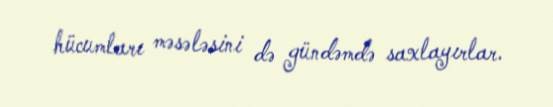
hücumları məsələsini də gündəmdə saxlayırlar.